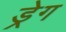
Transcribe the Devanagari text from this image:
ड्रेग